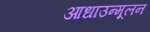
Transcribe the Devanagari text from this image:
आधाउन्मूलन